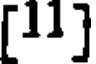
[11]